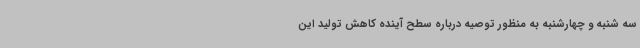
سه شنبه و چهارشنبه به منظور توصیه درباره سطح آینده کاهش تولید این